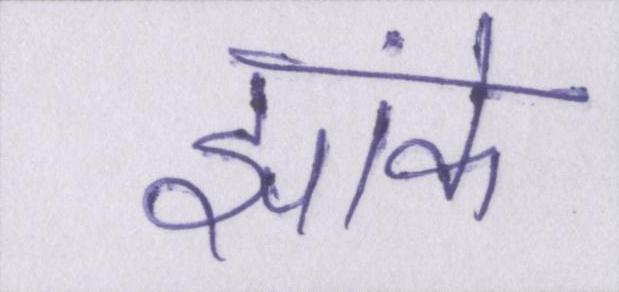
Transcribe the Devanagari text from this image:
झांके